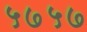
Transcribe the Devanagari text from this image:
५७५७